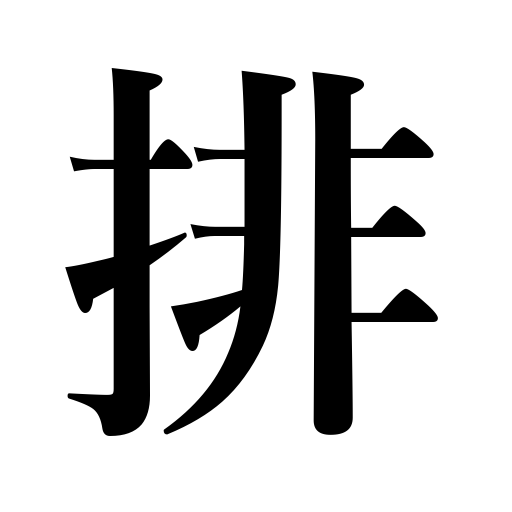
Meanings: defy,expel,disregard,exclude,anti-Japanese,push open,push aside,etc.,reject